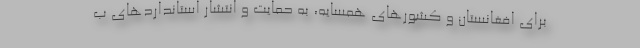
برای افغانستان و کشورهای همسایه، به حمایت و انتشار استانداردهای ب